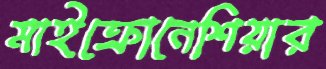
মাইক্রোনেশিয়ার